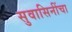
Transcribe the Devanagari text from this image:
सुवासिनींचा